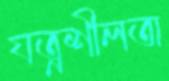
যত্নশীলতা